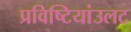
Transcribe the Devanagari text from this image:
प्रविष्टियांउलट